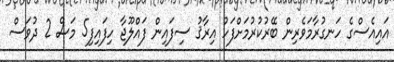
އައިއެސްގެ ހަނގުރާމަވެރިން ބޭރުކުރުމަށްފަހު އިރާޤު ސިފައިން ފައްލޫޖާ ހިފައިފި5 މަސް 2 ދުވަސް